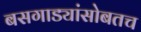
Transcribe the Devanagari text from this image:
बसगाड्यांसोबतच